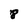
Character: 8